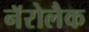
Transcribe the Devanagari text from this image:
नॅरोलैक